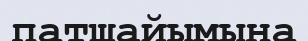
патшайымына